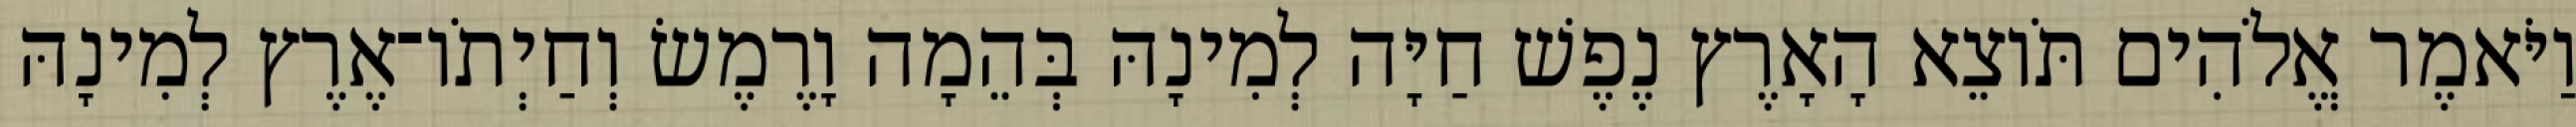
וַיֹּאמֶר אֱלֹהִים תֹּוצֵא הָאָרֶץ נֶפֶשׁ חַיָּה לְמִינָהּ בְּהֵמָה וָרֶמֶשׂ וְחַיְתֹו־אֶרֶץ לְמִינָהּ